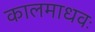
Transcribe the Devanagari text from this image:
कालमाधवः